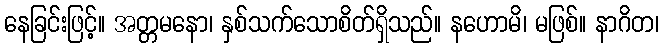
နေခြင်းဖြင့်။ အတ္တမနော၊ နှစ်သက်သောစိတ်ရှိသည်။ နဟောမိ၊ မဖြစ်။ နာဂိတ၊